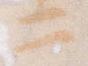
二